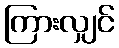
ကြားလျှင်